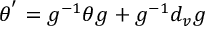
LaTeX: \theta ^ { ' } = g ^ { - 1 } \theta g + g ^ { - 1 } d _ { v } g